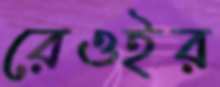
রেওইর